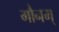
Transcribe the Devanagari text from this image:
मौनम्‌